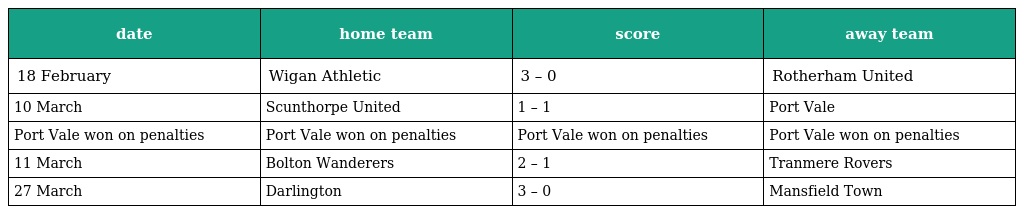
| date | home team | score | away team |
 | --- | --- | --- | --- |
 | 18 February | Wigan Athletic | 3 – 0 | Rotherham United |
 | 10 March | Scunthorpe United | 1 – 1 | Port Vale |
 | Port Vale won on penalties | Port Vale won on penalties | Port Vale won on penalties | Port Vale won on penalties |
 | 11 March | Bolton Wanderers | 2 – 1 | Tranmere Rovers |
 | 27 March | Darlington | 3 – 0 | Mansfield Town |